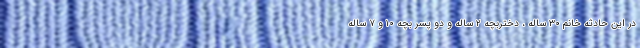
در این حادثه خانم ۳۰ ساله ، دختربچه ۲ ساله و دو پسر بچه ۱۰ و ۷ ساله